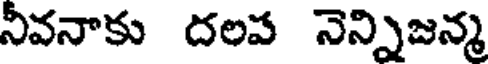
నీవనాకు దలప నెన్నిజన్మ